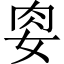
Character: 𭑶